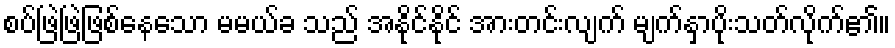
စပ်ဖြဲဖြဲဖြစ်နေသော မမယ်ခ သည် အနိုင်နိုင် အားတင်းလျက် မျက်နှာပိုးသတ်လိုက်၏။